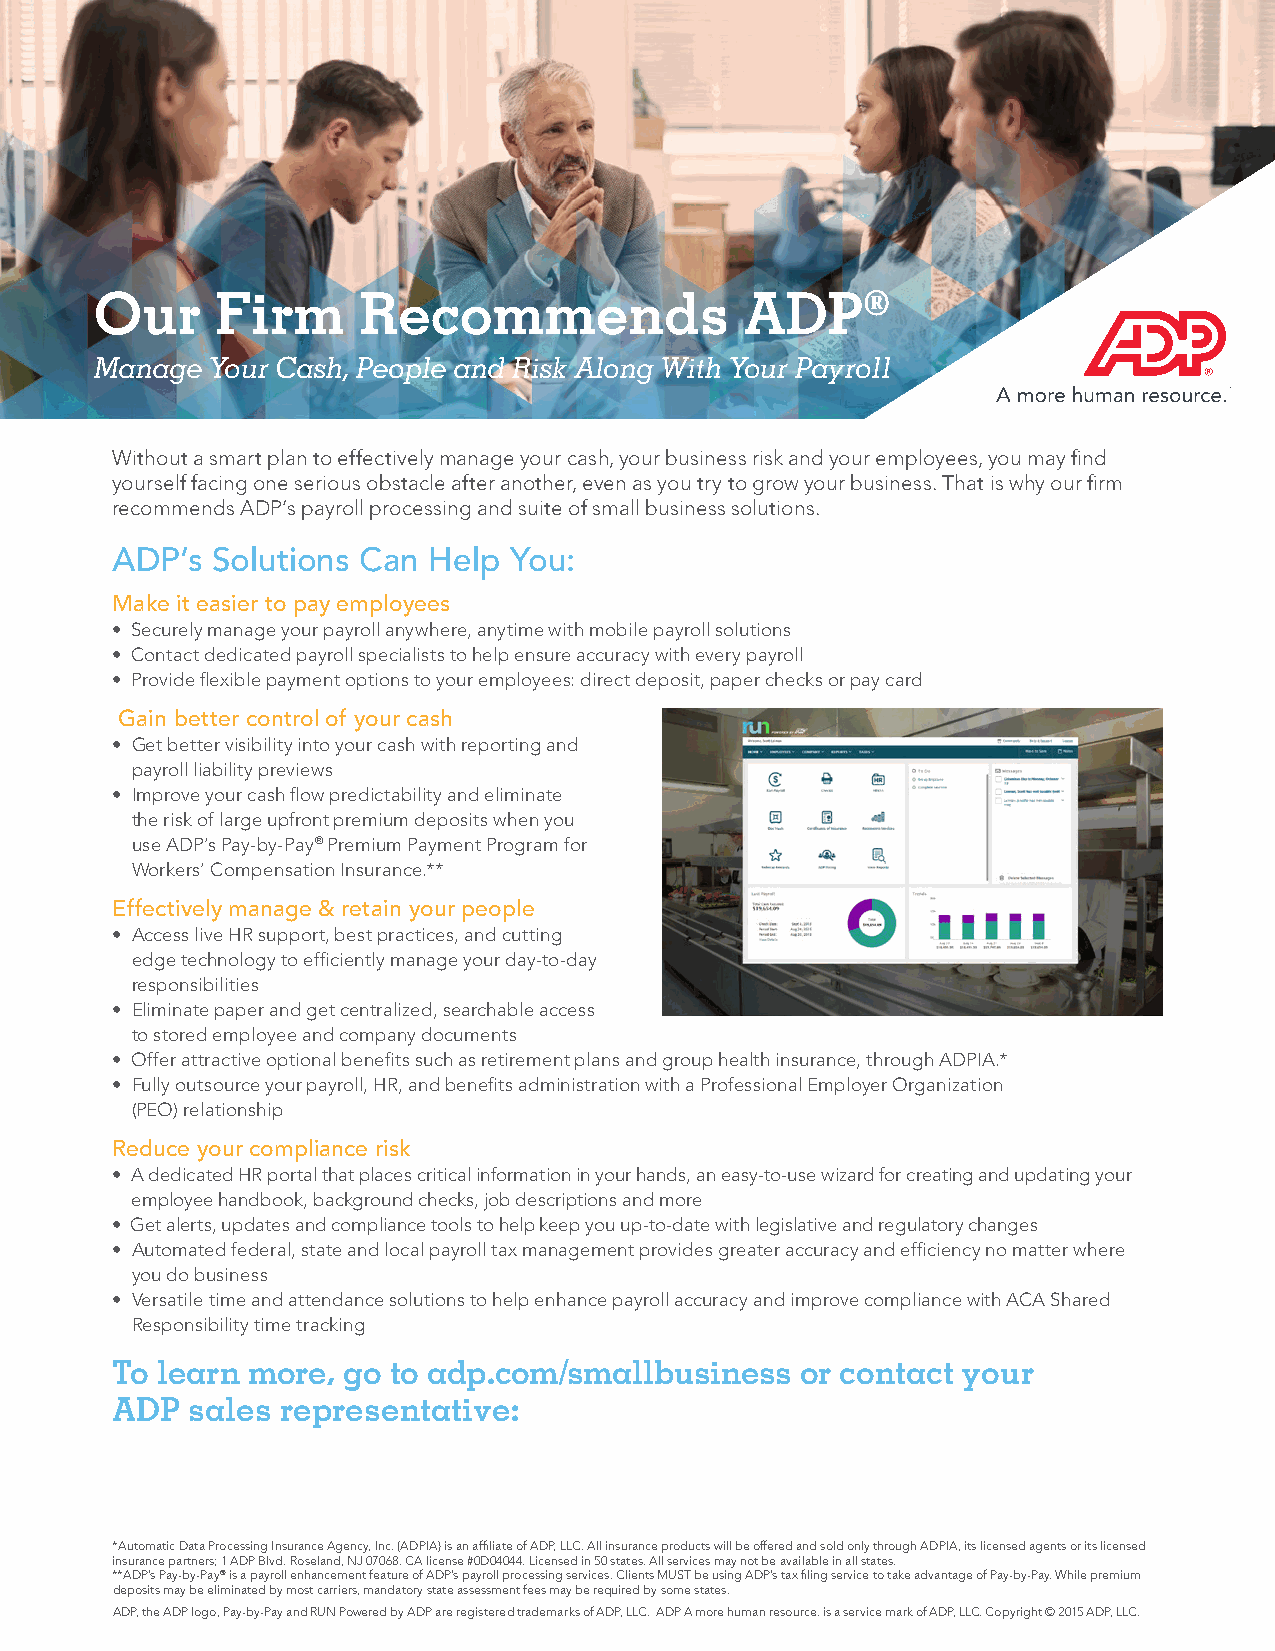
Our     Firm      Recommends               ADP®
 Manage  Your Cash, People and Risk Along With Your Payroll
 Without a smart plan to effectively manage your cash, your business risk and your employees, you may find
 yourself facing one serious obstacle after another, even as you try to grow your business. That is why our firm
 recommends ADP’s payroll processing and suite of small business solutions.
 ADP’s  Solutions Can Help  You:
 Make it easier to pay employees
 • Securely manage your payroll anywhere, anytime with mobile payroll solutions
 • Contact dedicated payroll specialists to help ensure accuracy with every payroll
 • Provide flexible payment options to your employees: direct deposit, paper checks or pay card
 Gain better control of your cash
 • Get better visibility into your cash with reporting and
 payroll liability previews
 • Improve your cash flow predictability and eliminate
 the risk of large upfront premium deposits when you
 use ADP’s Pay-by-Pay® Premium Payment Program for
 Workers’ Compensation Insurance.**
 Effectively manage & retain your people
 • Access live HR support, best practices, and cutting
 edge technology to efficiently manage your day-to-day
 responsibilities
 • Eliminate paper and get centralized, searchable access
 to stored employee and company documents
 • Offer attractive optional benefits such as retirement plans and group health insurance, through ADPIA.*
 • Fully outsource your payroll, HR, and benefits administration with a Professional Employer Organization
 (PEO) relationship
 Reduce your compliance risk
 • A dedicated HR portal that places critical information in your hands, an easy-to-use wizard for creating and updating your
 employee handbook, background checks, job descriptions and more
 • Get alerts, updates and compliance tools to help keep you up-to-date with legislative and regulatory changes
 • Automated federal, state and local payroll tax management provides greater accuracy and efficiency no matter where
 you do business
 • Versatile time and attendance solutions to help enhance payroll accuracy and improve compliance with ACA Shared
 Responsibility time tracking
 To learn more,  go to adp.com/smallbusiness   or contact your
 ADP   sales representative:
 *Automatic Data Processing Insurance Agency, Inc. (ADPIA) is an affiliate of ADP, LLC. All insurance products will be offered and sold only through ADPIA, its licensed agents or its licensed
 insurance partners; 1 ADP Blvd. Roseland, NJ 07068. CA license #0D04044. Licensed in 50 states. All services may not be available in all states.
 **ADP’s Pay-by-Pay® is a payroll enhancement feature of ADP’s payroll processing services. Clients MUST be using ADP’s tax filing service to take advantage of Pay-by-Pay. While premium
 deposits may be eliminated by most carriers, mandatory state assessment fees may be required by some states.
 ADP, the ADP logo, Pay-by-Pay and RUN Powered by ADP are registered trademarks of ADP, LLC. ADP A more human resource. is a service mark of ADP, LLC. Copyright © 2015 ADP, LLC.